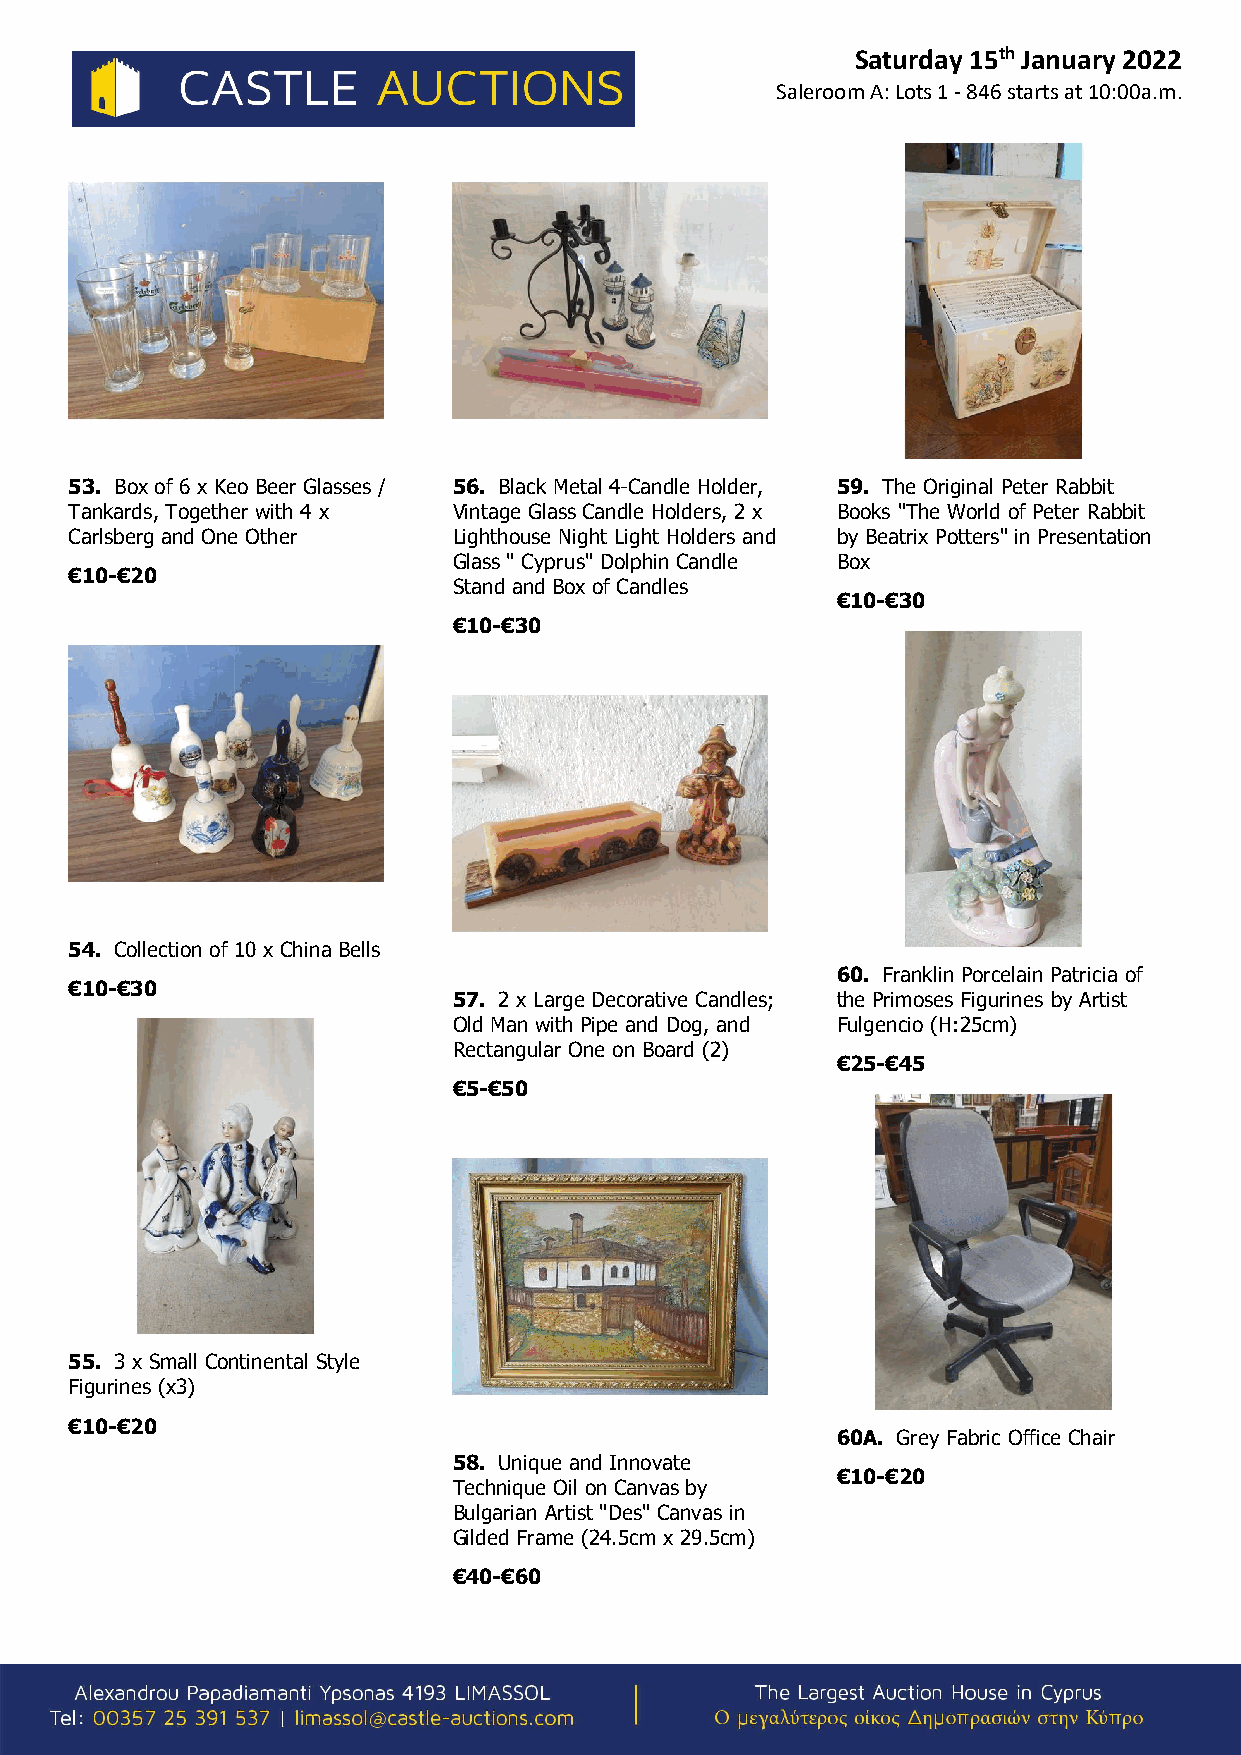
Saturday 15th January 2022
 Saleroom A: Lots 1 - 846 starts at 10:00a.m.
 53. Box of 6 x Keo Beer Glasses / 56. Black Metal 4-Candle Holder, 59. The Original Peter Rabbit
 Tankards, Together with 4 x Vintage Glass Candle Holders, 2 x Books "The World of Peter Rabbit
 Carlsberg and One Other  Lighthouse Night Light Holders and by Beatrix Potters" in Presentation
 Glass " Cyprus" Dolphin Candle Box
 €10-€20
 Stand and Box of Candles
 €10-€30
 €10-€30
 54. Collection of 10 x China Bells
 60. Franklin Porcelain Patricia of
 €10-€30
 57. 2 x Large Decorative Candles; the Primoses Figurines by Artist
 Old Man with Pipe and Dog, and Fulgencio (H:25cm)
 Rectangular One on Board (2)
 €25-€45
 €5-€50
 55. 3 x Small Continental Style
 Figurines (x3)
 €10-€20
 60A. Grey Fabric Office Chair
 58. Unique and Innovate
 €10-€20
 Technique Oil on Canvas by
 Bulgarian Artist "Des" Canvas in
 Gilded Frame (24.5cm x 29.5cm)
 €40-€60